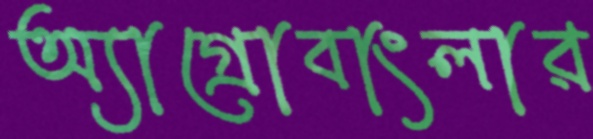
অ্যাগ্রোবাংলার